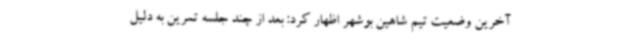
آخرین وضعیت تیم شاهین بوشهر اظهار کرد: بعد از چند جلسه تمرین به دلیل